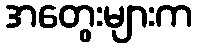
အတွေးများက